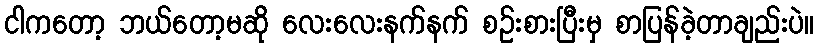
ငါကတော့ ဘယ်တော့မဆို လေးလေးနက်နက် စဉ်းစားပြီးမှ စာပြန်ခဲ့တာချည်းပဲ။